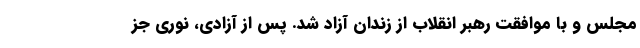
مجلس و با موافقت رهبر انقلاب از زندان آزاد شد. پس از آزادی، نوری جز